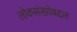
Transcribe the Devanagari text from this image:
लोकसंख्येबद्दल